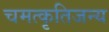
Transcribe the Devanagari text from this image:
चमत्कृतिजन्य